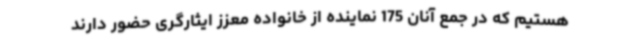
هستیم که در جمع آنان 175 نماینده از خانواده معزز ایثارگری حضور دارند